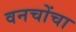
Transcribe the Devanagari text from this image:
वनचोंचा